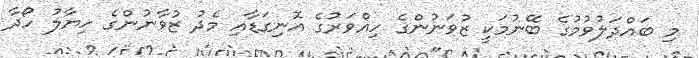
މި ބައްދަލުވުމުގެ ބޭނުމަކީ ޒުވަނުންގެ ހިއްވަރުގެ އޮނިގަޑާއި މެދު ޒުވާނުންގެ ހިޔާލު ހޯދާ